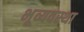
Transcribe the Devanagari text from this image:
भूव्यवस्था